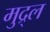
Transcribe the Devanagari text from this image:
मुद्र्ल